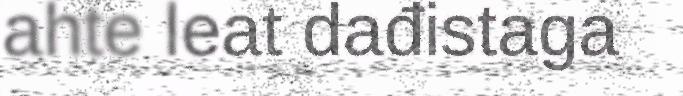
ahte leat dađistaga